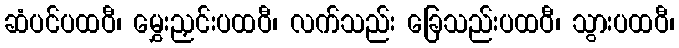
ဆံပင်ပထဝီ၊ မွှေးညှင်းပထဝီ၊ လက်သည်း ခြေသည်းပထဝီ၊ သွားပထဝီ၊